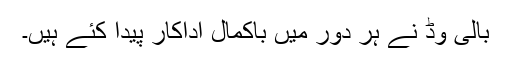
بالی وڈ نے ہر دور میں باکمال اداکار پیدا کئے ہیں۔